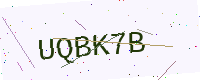
Text: UQBK7B